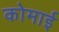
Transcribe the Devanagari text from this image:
कोमाई